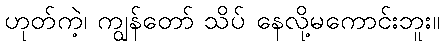
ဟုတ်ကဲ့၊ ကျွန်တော် သိပ် နေလို့မကောင်းဘူး။